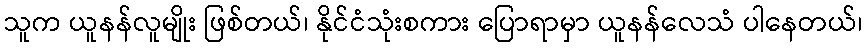
သူက ယူနန်လူမျိုး ဖြစ်တယ်၊ နိုင်ငံသုံးစကား ပြောရာမှာ ယူနန်လေသံ ပါနေတယ်၊